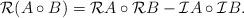
LaTeX: \begin{align*}\mathcal{R}(A\circ B)=\mathcal{R} A\circ\mathcal{R} B-\mathcal{I} A\circ\mathcal{I} B.\end{align*}